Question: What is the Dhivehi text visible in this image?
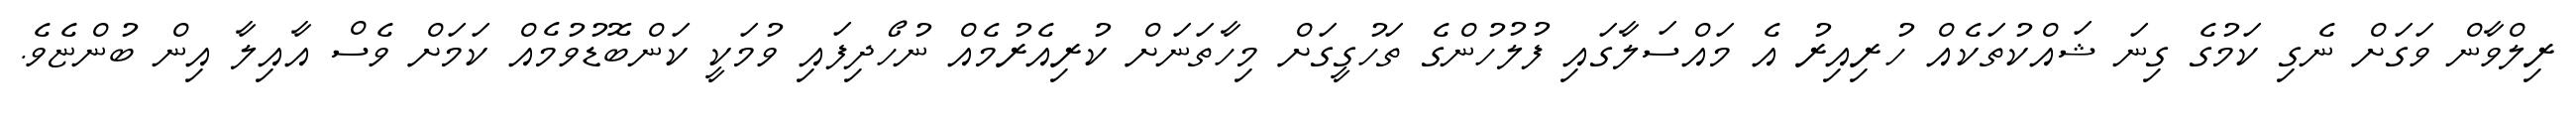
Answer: ރިލްވާން ވަގަށް ނެގި ކަމުގެ ގިނަ ޝައްކުތަކެއް ހުރިއިރު އެ މައްސަލާގައި ފުލުހުންގެ ތަހުގީގަށް މިހާތަނަށް ކުރިއެރުމެއް ނުހޯދިފައި ވުމަކީ ކަންބޮޑުވުމެއް ކަމަށް ވެސް އާއިލާ އިން ބުންޏެވެ.